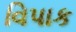
વિપાક